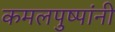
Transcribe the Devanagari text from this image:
कमलपुष्पांनी